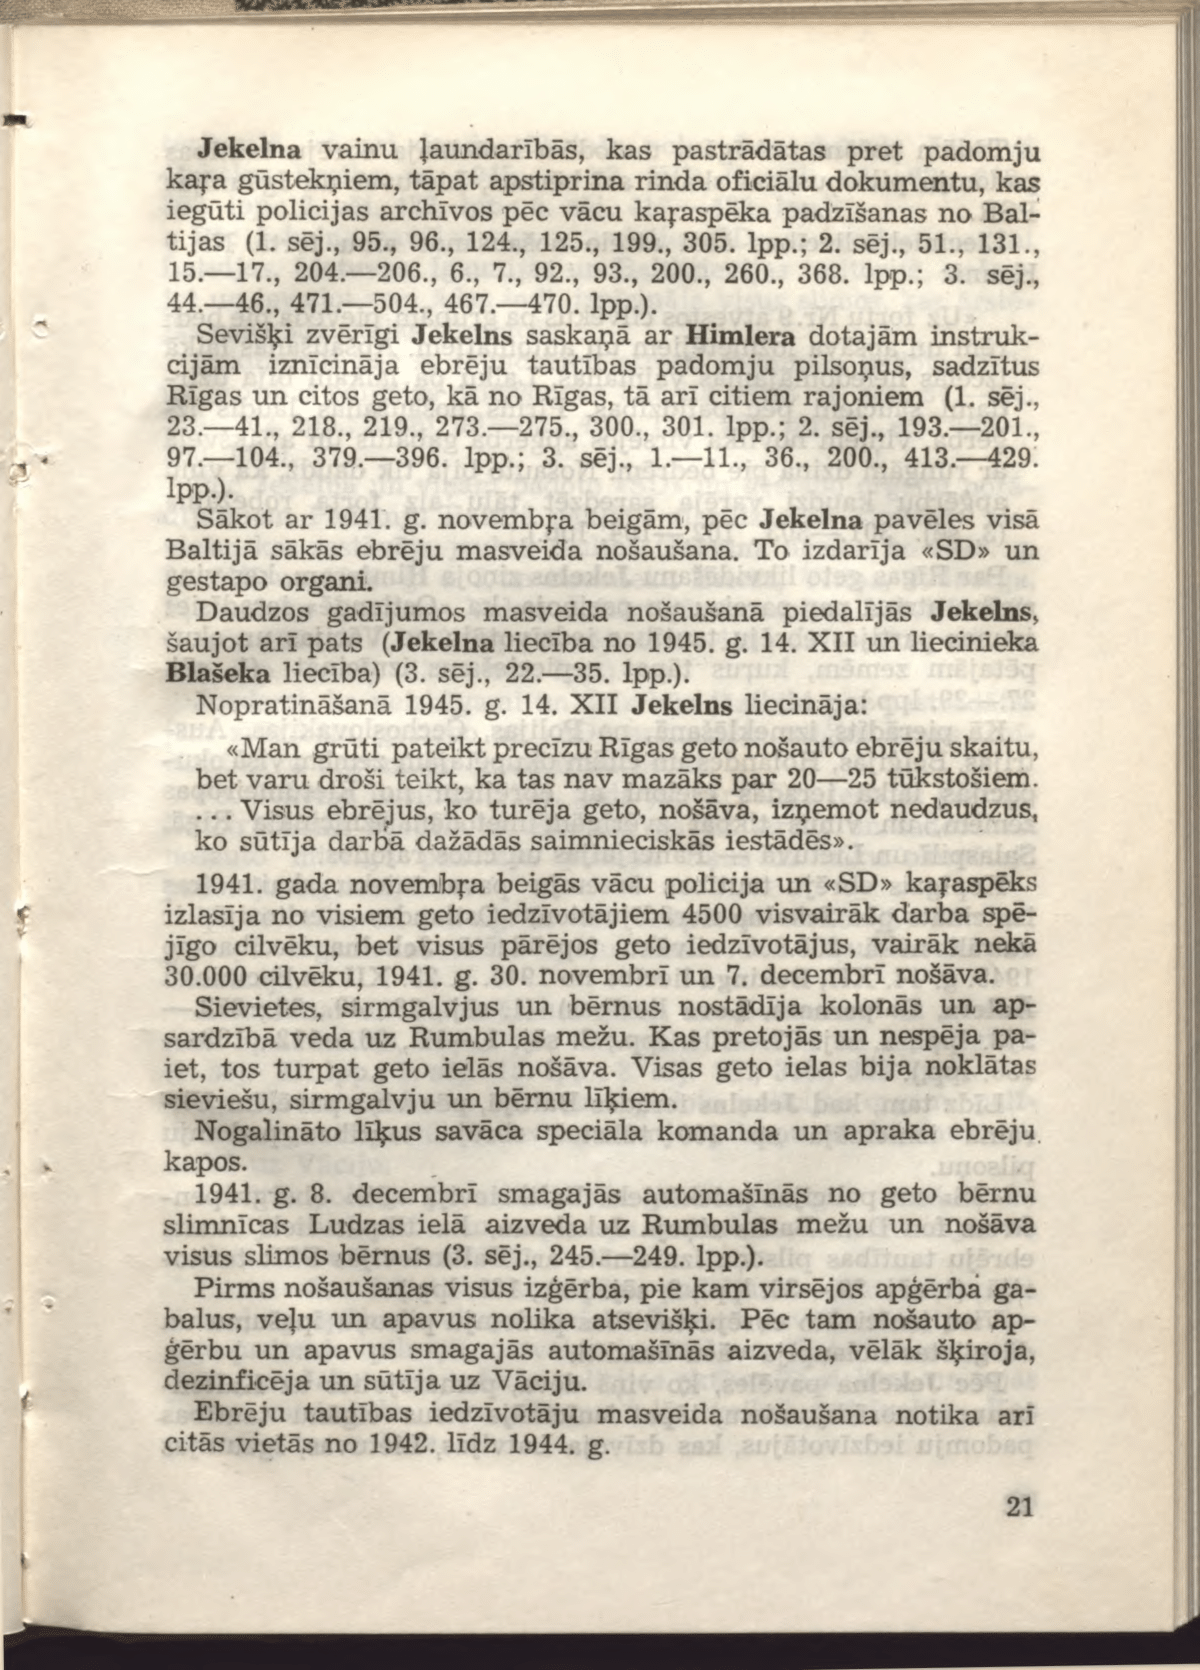
Language: lv